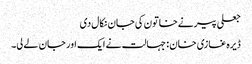
جعلی پیرنےخاتون کی جان نکال دی
ڈیرہ غازی خان : جہالت نے ایک اور جان لے لی۔